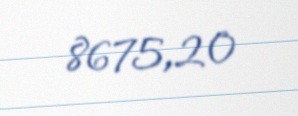
8675,20